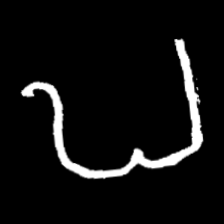
Pyu character \u2014 Myanmar letter: ဎ (romanized: ddha)